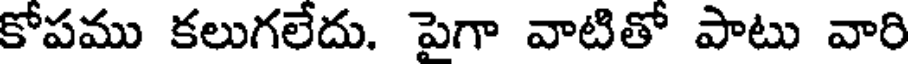
కోపము కలుగలేదు. పైగా వాటితో పాటు వారి